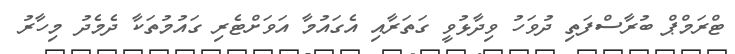
ޓްރަމްޕް ބުރާސްފަތި ދުވަހު ވިދާޅުވީ ގަތަރާއި އެގައުމާ އަވަށްޓެރި ގައުމުތަކާ ދެމެދު މިހާރު